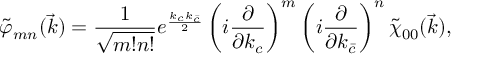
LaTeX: \tilde { \varphi } _ { m n } ( \vec { k } ) = \frac { 1 } { \sqrt { m ! n ! } } e ^ { \frac { k _ { c } k _ { \bar { c } } } { 2 } } \left( i \frac { \partial } { \partial k _ { c } } \right) ^ { m } \left( i \frac { \partial } { \partial k _ { \bar { c } } } \right) ^ { n } \tilde { \chi } _ { 0 0 } ( \vec { k } ) ,